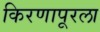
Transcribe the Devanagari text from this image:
किरणापूरला